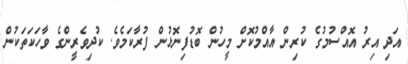
އަދި އިރު އޮއްސުމުގެ ކުރިން އާއްމުކޮށް މީހުން ބޮޑުފިނޮޅުން ފުރާކަމެވެ. ކުދިވެރީންގެ ވާހަކަތަކުން